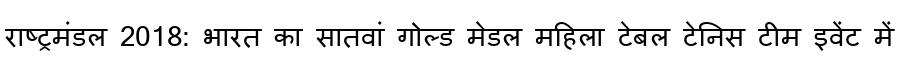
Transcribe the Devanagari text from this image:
राष्ट्रमंडल 2018: भारत का सातवां गोल्ड मेडल महिला टेबल टेनिस टीम इवेंट में